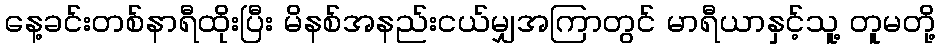
နေ့ခင်းတစ်နာရီထိုးပြီး မိနစ်အနည်းငယ်မျှအကြာတွင် မာရီယာနှင့်သူ့ တူမတို့